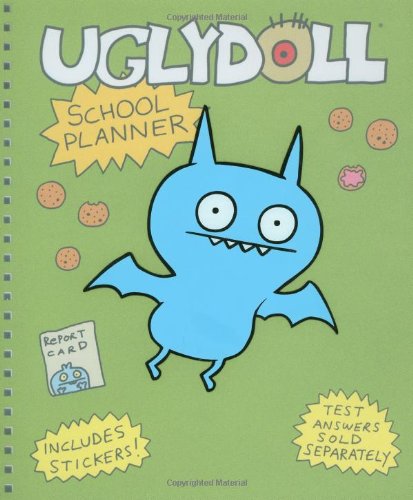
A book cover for Uglydoll School Planner; David Horvath; Teen & Young Adult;